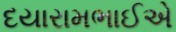
દયારામભાઈએ